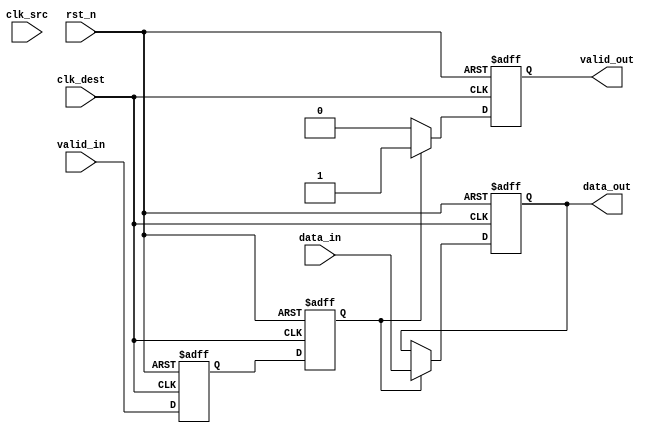
module MemoryBlocksHandshakeSynchronizer #(
    parameter DATA_WIDTH = 8 // Parameter to define data width
)(
    input wire [DATA_WIDTH-1:0] data_in,    // Input data from source clock domain
    input wire valid_in,                     // Valid signal indicating data_in is valid
    input wire clk_src,                      // Clock signal for the source domain
    input wire clk_dest,                     // Clock signal for the destination domain
    input wire rst_n,                        // Active low reset signal
    output reg [DATA_WIDTH-1:0] data_out,   // Synchronized data for destination clock domain
    output reg valid_out                     // Valid signal for the synchronized data
);

// Internal signals for synchronizing valid signal
reg valid_in_sync_1;
reg valid_in_sync_2;

// Latching data and valid signal on destination clock
always @(posedge clk_dest or negedge rst_n) begin
    if (!rst_n) begin
        data_out <= 0;
        valid_out <= 0;
    end else begin
        // If the second stage of the synchronized valid signal is high
        if (valid_in_sync_2) begin
            data_out <= data_in; // Latch the data
            valid_out <= 1;      // Assert valid_out
        end else begin
            valid_out <= 0;      // Deassert valid_out if valid signal is not asserted
        end
    end
end

// Two-stage synchronization for valid_in signal
always @(posedge clk_dest or negedge rst_n) begin
    if (!rst_n) begin
        valid_in_sync_1 <= 0;
        valid_in_sync_2 <= 0;
    end else begin
        valid_in_sync_1 <= valid_in; // First stage synchronization
        valid_in_sync_2 <= valid_in_sync_1; // Second stage synchronization
    end
end

// Optional: Acknowledgment logic could be added here if needed
// Example of an acknowledgment signal could be generated based on valid_out

endmodule